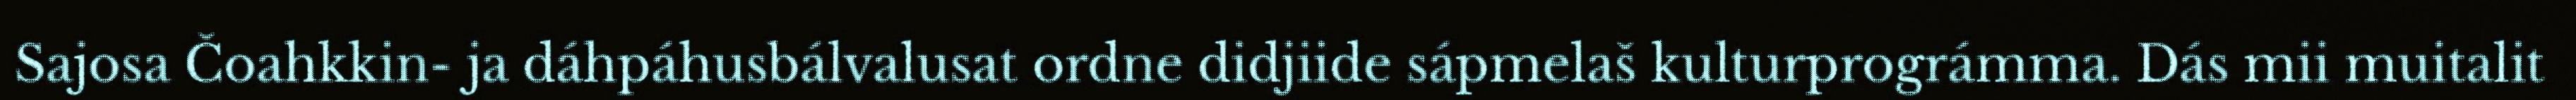
Sajosa Čoahkkin- ja dáhpáhusbálvalusat ordne didjiide sápmelaš kulturprográmma. Dás mii muitalit